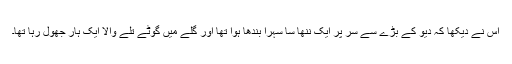
اس نے دیکھا کہ دیو کے بڑے سے سر پر ایک ننھا سا سہرا بندھا ہوا تھا اور گلے میں گوٹے تلے والا ایک ہار جھول رہا تھا۔